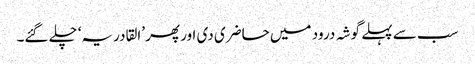
سب سے پہلے گوشہ درود میں حاضری دی اور پھر ’القادریہ‘ چلے گئے۔